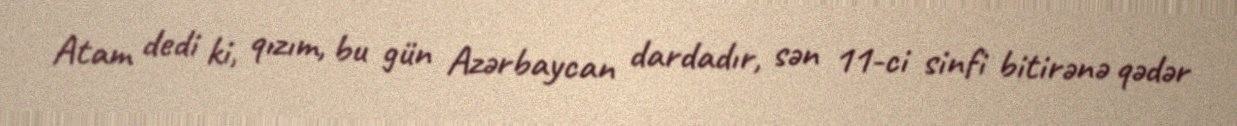
Atam dedi ki, qızım, bu gün Azərbaycan dardadır, sən 11-ci sinfi bitirənə qədər